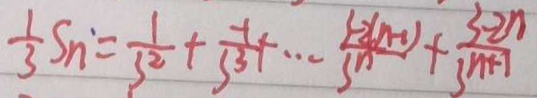
\frac { 1 } { 3 } S _ { n } = \frac { 1 } { 3 ^ { 2 } } + \frac { - 1 } { 3 ^ { 3 } } + \cdots \frac { 3 - 2 ( n - 1 ) } { 3 ^ { n } } + \frac { 3 - 2 n } { 3 n + 1 }